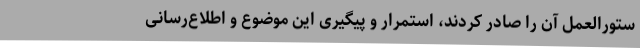
ستورالعمل آن را صادر کردند، استمرار و پیگیری این موضوع و اطلاع‌رسانی